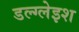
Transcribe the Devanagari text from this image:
डल्ग्लेइश